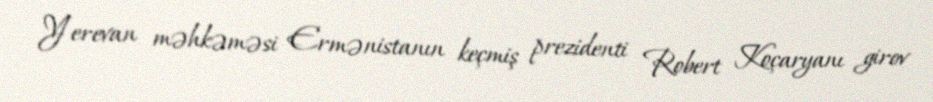
Yerevan məhkəməsi Ermənistanın keçmiş prezidenti Robert Koçaryanı girov